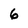
Character: 6